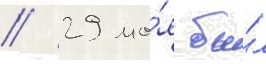
// 29 ма́я бы́л